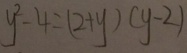
y ^ { 2 } - 4 = ( 2 + y ) ( y - 2 )